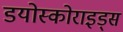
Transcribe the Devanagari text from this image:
डयोस्कोराइड्स